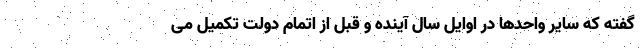
گفته که سایر واحدها در اوایل سال آینده و قبل از اتمام دولت تکمیل می